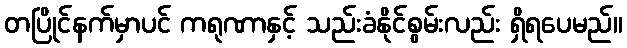
တပြိုင်နက်မှာပင် ကရုဏာနှင့် သည်းခံနိုင်စွမ်းလည်း ရှိရပေမည်။